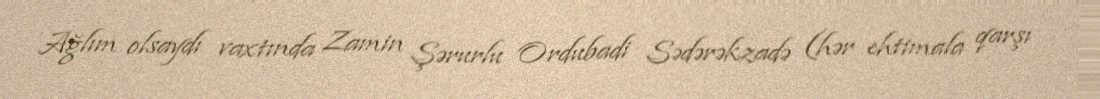
Ağlım olsaydı vaxtında Zamin Şərurlu Ordubadi Sədərəkzadə (hər ehtimala qarşı